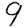
Digit: 9